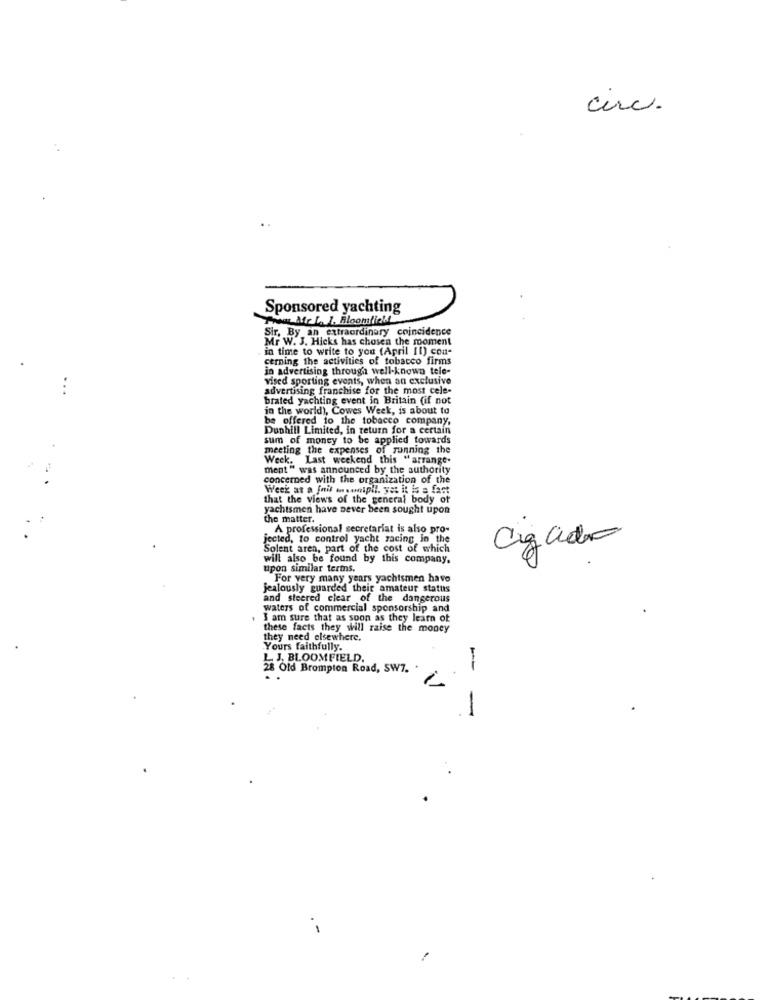
circ.
Sponsored yachting
Treat Me L. L. Bloomlicht
Sir, By an extraordinary coincidence
Mr W. J. Hicks has chosen the moment
in time to write to you (April Il) con-
cerning the activities of tobacco firms
in advertising through well-known tele-
vised sporting events, when an exclusive
advertising franchise for the most cele-
brated yachting event in Britain (if not
in the world), Cowes Week, is about to
be offered to the tobacco company,
Dunhill Limited, in return for a certain
sum of money to be applied towards
meeting the expenses of running the
Week. Last weekend this "arrange-
ment " was announced by the authority
concerned with the organization of the
Week as a foil mosonipil. yet it is a fast
that the views of the general body of
yachtsmen have never been sought upon
the matter.
A professional secretariat is also pro-
jected, to control yacht zacing in the
Cizado
Solent aren, part of the cost of which
will also be found by this company.
upon similar tertns.
For very many years yachtsmen have
jealously guarded their amateur status
and steered clear of the dangerous
waters of commercial sponsorship and
. I am sure that as soon as they learn of
these facts they will raise the money
they need elsewhere.
Yours faithfully.
L J. BLOOMFIELD.
28 Old Brompton Road, SW7.
- -